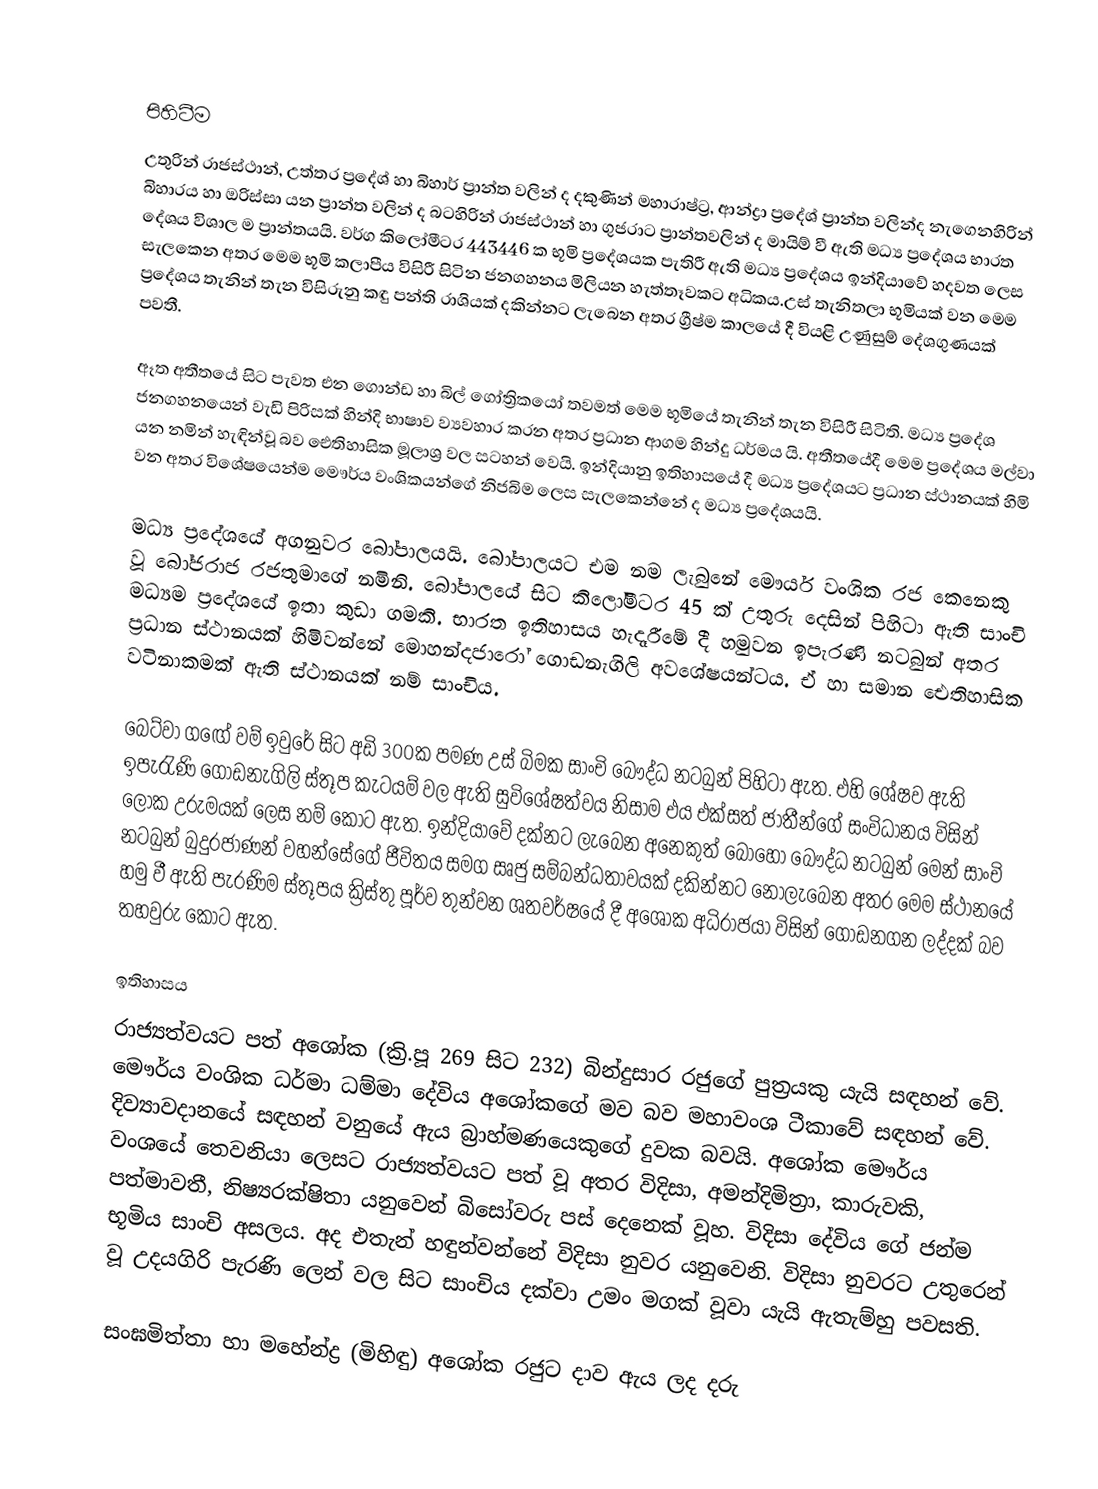

පිහිටීම
උතුරින් රාජස්ථාන්, උත්තර ප්‍රදේශ් හා බිහාර් ප්‍රාන්ත වලින් ද දකුණින් මහාරාෂ්ට්‍ර, ආන්ද්‍රා ප්‍රදේශ්  ප්‍රාන්ත වලින්ද නැගෙනහිරින් බිහාරය හා ඔරිස්සා යන ප්‍රාන්ත වලින් ද බටහිරින් රාජස්ථාන් හා ගුජරාට ප්‍රාන්තවලින් ද මායිම් වී ඇති මධ්‍ය ප්‍රදේශය භාරත දේශය විශාල ම ප්‍රාන්තයයි. වර්ග කිලෝමීටර 443446 ක භූමි ප්‍රදේශයක පැතිරී ඇති මධ්‍ය ප්‍රදේශය ඉන්දියාවේ හදවත ලෙස සැලකෙන අතර මෙම භූමි කලාපීය විසිරී සිටින ජනගහනය මිලියන හැත්තෑවකට අධිකය.උස් තැනිතලා භූමියක් වන මෙම ප්‍රදේශය තැනින් තැන විසිරුනු කඳු පන්ති රාශියක් දකින්නට ලැබෙන අතර ග්‍රීෂ්ම  කාලයේ දී වියළි උණුසුම් දේශගුණයක් පවතී.

ඈත අතීතයේ සිට පැවත එන ගොන්ඩ හා බිල් ගෝත්‍රිකයෝ තවමත් මෙම භූමියේ තැනින් තැන විසිරී සිටිති. මධ්‍ය ප්‍රදේශ ජනගහනයෙන් වැඩි පිරිසක් හින්දි භාෂාව ව්‍යවහාර කරන අතර ප්‍රධාන ආගම හින්දු ධර්මය යි. අතීතයේදී මෙම ප්‍රදේශය මල්වා යන නමින් හැඳින්වූ බව ඓතිහාසික මූලාශ්‍ර වල සටහන් වෙයි. ඉන්දියානු ඉතිහාසයේ දී මධ්‍ය ප්‍රදේශයට ප්‍රධාන ස්ථානයක් හිමි වන අතර විශේෂයෙන්ම මෞර්ය වංශිකයන්ගේ නිජබිම ලෙස සැලකෙන්නේ ද මධ්‍ය ප්‍රදේශයයි.

මධ්‍ය ප්‍රදේශයේ අගනුවර බෝපාලයයි. බෝපාලයට එම නම ලැබුනේ මෞර්ය වංශික රජ කෙනෙකු වූ බෝජරාජ රජතුමාගේ නමිනි. බෝපාලයේ සිට කිලෝමීටර 45 ක් උතුරු දෙසින් පිහිටා ඇති සාංචි මධ්‍යම ප්‍රදේශයේ ඉතා කුඩා ගමකි. භාරත ඉතිහාසය හැදෑරීමේ දී හමුවන ඉපැරණි නටබුන් අතර ප්‍රධාන ස්ථානයක් හිමිවන්නේ මොහන්දජාරෝ ගොඩනැගිලි අවශේෂයන්ටය. ඒ හා සමාන ඓතිහාසික වටිනාකමක් ඇති ස්ථානයක් නම් සාංචිය.

බෙට්වා ගඟේ වම් ඉවුරේ සිට අඩි 300ක පමණ උස් බිමක සාංචි බෞද්ධ නටබුන් පිහිටා ඇත. එහි ශේෂව ඇති ඉපැරැණි ගොඩනැගිලි ස්තූප කැටයම් වල ඇති සුවිශේෂත්වය නිසාම එය එක්සත් ජාතීන්ගේ සංවිධානය විසින් ලෝක උරුමයක් ලෙස නම් කොට ඇත. ඉන්දියාවේ දක්නට ලැබෙන අනෙකුත් බොහෝ බෞද්ධ නටබුන් මෙන් සාංචි නටබුන් බුදුරජාණන් වහන්සේගේ ජීවිතය සමග සෘජු සම්බන්ධතාවයක් දකින්නට නොලැබෙන අතර මෙම ස්ථානයේ හමු වී ඇති පැරණිම ස්තූපය ක්‍රිස්තු පූර්ව තුන්වන ශතවර්ෂයේ දී අශෝක අධිරාජයා විසින් ගොඩනගන ලද්දක් බව තහවුරු කොට ඇත.

ඉතිහාසය
රාජ්‍යත්වයට පත් අශෝක (ක්‍රි.පූ 269 සිට 232) බින්දුසාර රජුගේ පුත්‍රයකු යැයි සඳහන් වේ. මෞර්ය වංශික ධර්මා ධම්මා දේවිය අශෝකගේ මව බව මහාවංශ ටීකාවේ සඳහන් වේ. දිව්‍යාවදානයේ සඳහන් වනුයේ ඇය බ්‍රාහ්මණයෙකුගේ දුවක බවයි. අශෝක මෞර්ය වංශයේ තෙවනියා ලෙසට රාජ්‍යත්වයට පත් වූ අතර විදිසා, අමන්දිමිත්‍රා, කාරුවකි, පත්මාවතී, නිෂ්‍යරක්ෂිතා යනුවෙන් බිසෝවරු පස් දෙනෙක් වූහ. විදිසා දේවිය ගේ ජන්ම භූමිය සාංචි අසලය. අද එතැන් හඳුන්වන්නේ විදිසා නුවර යනුවෙනි. විදිසා නුවරට උතුරෙන් වූ උදයගිරි පැරණි ලෙන් වල සිට සාංචිය දක්වා උමං මගක් වූවා යැයි ඇතැම්හු පවසති.

සංඝමිත්තා හා මහේන්ද්‍ර (මිහිඳු) අශෝක රජුට දාව ඇය ලද දරු